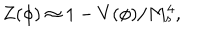
Z ( \phi ) \approx 1 - V ( \phi ) / M _ { s } ^ { 4 } ,